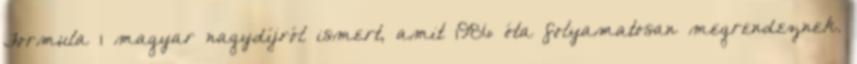
Formula–1 magyar nagydíjról ismert, amit 1986 óta folyamatosan megrendeznek.